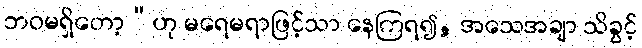
ဘဝမရှိတော့”ဟု မရေမရာဖြင့်သာ နေကြရ၍, အသေအချာ သိခွင့်